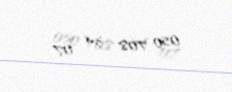
050 708 34 07